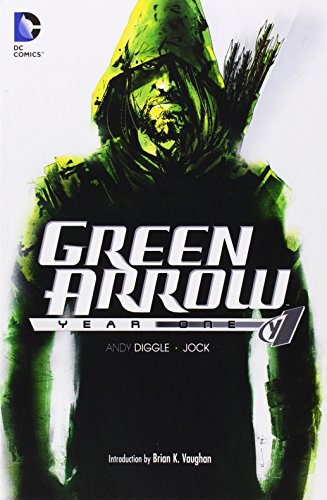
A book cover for Green Arrow: Year One; Andy Diggle; Comics & Graphic Novels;